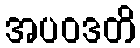
အပဝဒတိ